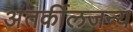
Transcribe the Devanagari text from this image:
अंतर्कीलजन्य